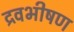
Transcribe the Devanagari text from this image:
द्रवभीषण